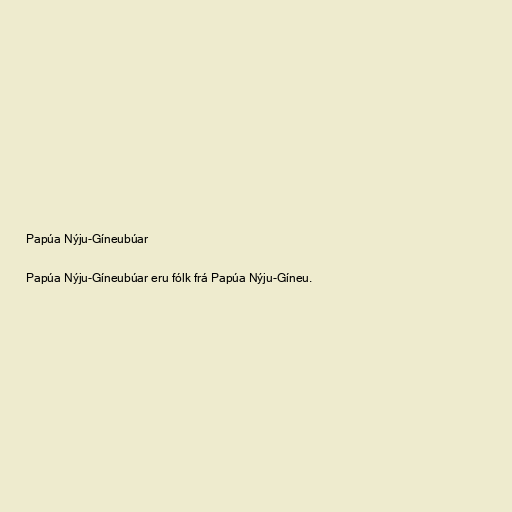
Papúa Nýju-Gíneubúar

Papúa Nýju-Gíneubúar eru fólk frá Papúa Nýju-Gíneu.